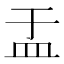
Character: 盂